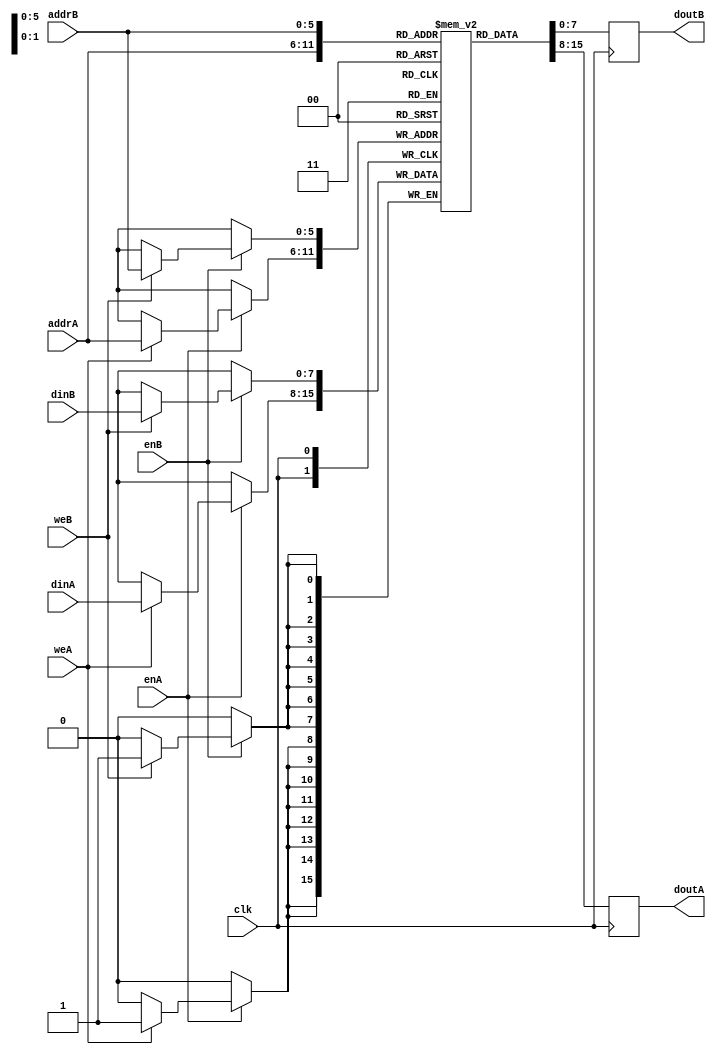
module iob_ram_dp
  #(
    parameter HEXFILE = "none",
    parameter DATA_W = 8,
    parameter ADDR_W = 6
    )
   (
    input                   clk,

    // Port A
    input [DATA_W-1:0]      dinA,
    input [ADDR_W-1:0]      addrA,
    input                   enA,
    input                   weA,
    output reg [DATA_W-1:0] doutA,

    // Port B
    input [DATA_W-1:0]      dinB,
    input [ADDR_W-1:0]      addrB,
    input                   enB,
    input                   weB,
    output reg [DATA_W-1:0] doutB
    );

   //this allows ISE 14.7 to work; do not remove
   localparam mem_init_file_int = HEXFILE;


   // Declare the RAM
   reg [DATA_W-1:0]         ram[2**ADDR_W-1:0];

   // Initialize the RAM
   initial
     if(mem_init_file_int != "none")
       $readmemh(mem_init_file_int, ram, 0, 2**ADDR_W - 1);

   always @ (posedge clk) begin// Port A
      if (enA)
        if (weA)
	        ram[addrA] <= dinA;
      `ifdef IS_CYCLONEV
        else
      `endif
      doutA <= ram[addrA];
    end

   always @ (posedge clk) begin // Port B
      if (enB)
        if (weB)
	        ram[addrB] <= dinB;
      `ifdef IS_CYCLONEV
        else
      `endif
	    doutB <= ram[addrB];
    end

endmodule